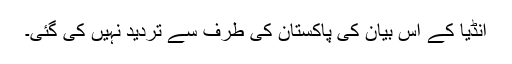
انڈیا کے اس بیان کی پاکستان کی طرف سے تردید نہیں کی گئی۔